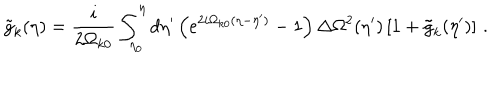
\tilde { g } _ { k } ( \eta ) = \frac { i } { 2 \Omega _ { k 0 } } \int _ { \eta _ { 0 } } ^ { \eta } d \eta ^ { \prime } \left( e ^ { 2 i \Omega _ { k 0 } ( \eta - \eta ^ { \prime } ) } - 1 \right) \Delta \Omega ^ { 2 } ( \eta ^ { \prime } ) \left[ 1 + \tilde { g } _ { k } ( \eta ^ { \prime } ) \right] \, .